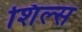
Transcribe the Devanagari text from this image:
शिल्स